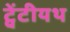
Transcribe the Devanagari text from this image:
ट्वेंटीयथ